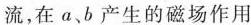
流，在a、b产生的磁场作用